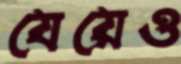
যেয়েও